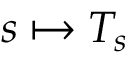
s \mapsto T _ { s }